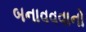
બનાવવવાનો